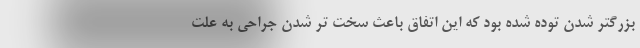
بزرگتر شدن توده شده بود که این اتفاق باعث سخت تر شدن جراحی به علت